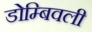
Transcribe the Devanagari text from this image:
डोम्बिवली